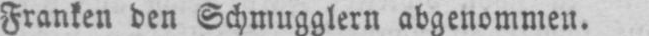
Franken den Schmugglern abgenommen.